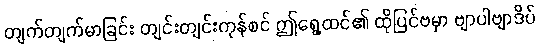
တျက်တျက်မာခြင်း တျင်းတျင်းကုန်စင် ဤရွေ့ထင်၏ ထိုပြင်ဗမှာ ဗျာပါဗျာဒိပ်